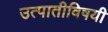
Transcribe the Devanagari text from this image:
उत्पातीविषयी